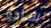
ساده